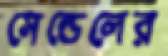
সেন্ডেলের